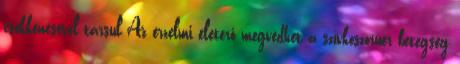
csökkenésével társul Az érzelmi életerő megvédhet a szívkoszorúér betegség